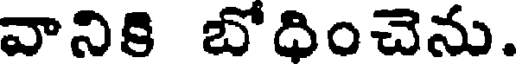
వానికి బోధించెను.